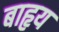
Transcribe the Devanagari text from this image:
बाहृय